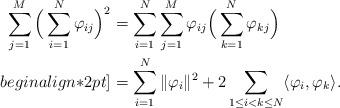
LaTeX: \begin{align*}\sum\limits_{j=1}^{M}\Big(\sum\limits_{i=1}^{N}\varphi_{ij}\Big)^{2}&=\sum\limits_{i=1}^{N}\sum\limits_{j=1}^{M}\varphi_{ij}\Big(\sum\limits_{k=1}^{N}\varphi_{kj}\Big)\\begin{align*}2 pt]&=\sum\limits_{i=1}^{N}\|\varphi_{i}\|^{2}+2\sum\limits_{1\leq i<k\leq N}\langle\varphi_{i},\varphi_{k}\rangle.\end{align*}